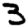
Digit: 3